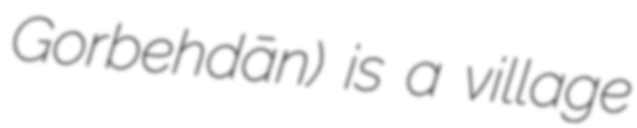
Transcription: Gorbehdān) is a village